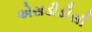
એસડીડીસી